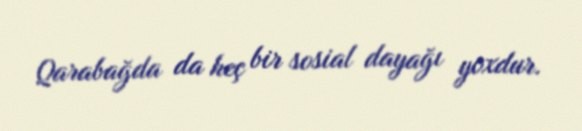
Qarabağda da heç bir sosial dayağı yoxdur.